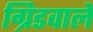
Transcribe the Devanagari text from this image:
ग्रिडवाले